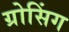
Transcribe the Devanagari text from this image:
ग्रोसिंग